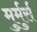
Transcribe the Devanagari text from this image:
मुर्मुर्स